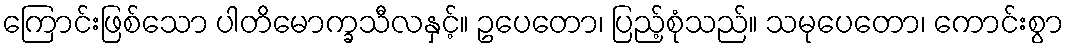
ကြောင်းဖြစ်သော ပါတိမောက္ခသီလနှင့်။ ဥပေတော၊ ပြည့်စုံသည်။ သမုပေတော၊ ကောင်းစွာ